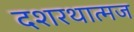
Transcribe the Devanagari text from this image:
दशरथात्मज